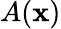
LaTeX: A(\mathbf{x})